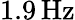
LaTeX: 1.9\, \mathrm{Hz}